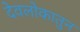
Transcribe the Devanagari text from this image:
देवलोकातुन